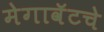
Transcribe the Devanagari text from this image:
मेगावॅटचे